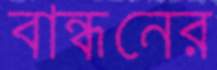
বান্ধনের